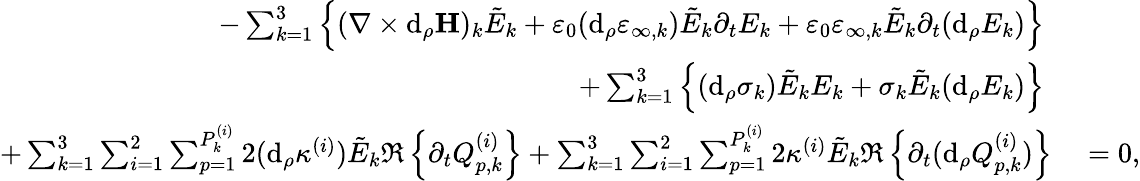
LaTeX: \begin{array}{rl}{-\sum_{k=1}^{3}\left\{ (\nabla\times\mathrm{d}_{\rho}\mathbf{H})_{k}\tilde{E}_{k}+\varepsilon_{0}(\mathrm{d}_{\rho}\varepsilon_{\infty,k})\tilde{E}_{k}\partial_{t}E_{k}+\varepsilon_{0}\varepsilon_{\infty,k}\tilde{E}_{k}\partial_{t}(\mathrm{d}_{\rho}E_{k})\right\} \; }&{{}}\\ {+\sum_{k=1}^{3}\left\{ (\mathrm{d}_{\rho}\sigma_{k})\tilde{E}_{k}E_{k}+\sigma_{k}\tilde{E}_{k}(\mathrm{d}_{\rho}E_{k})\right\} \; }&{{}}\\ {+\sum_{k=1}^{3}\sum_{i=1}^{2}\sum_{p=1}^{P_{k}^{(i)}}2(\mathrm{d}_{\rho}\kappa^{(i)})\tilde{E}_{k}\Re\left\{ \partial_{t}Q_{p,k}^{(i)}\right\} +\sum_{k=1}^{3}\sum_{i=1}^{2}\sum_{p=1}^{P_{k}^{(i)}}2\kappa^{(i)}\tilde{E}_{k}\Re\left\{ \partial_{t}(\mathrm{d}_{\rho}Q_{p,k}^{(i)})\right\} }&{{}=0,}\end{array}